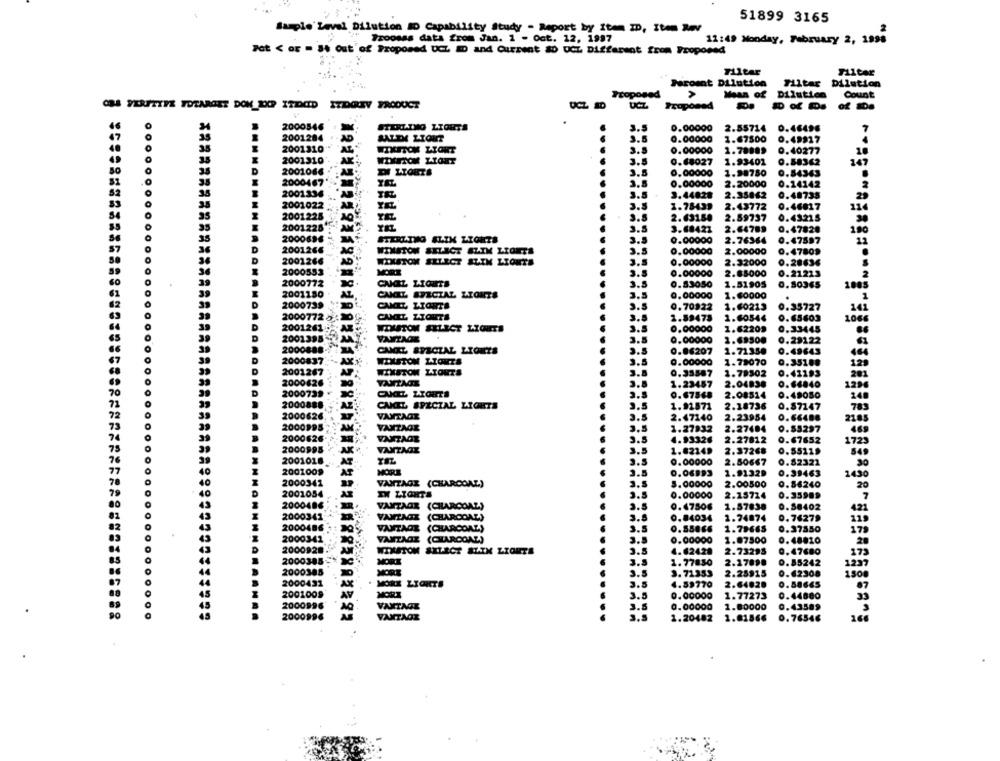
51899 3165
Sample' Level Dilution ID Capability Study - Report by Item ID, Item Rev
Troosss data from Jan. 1 - Oct. 12, 1997
11:49 Monday, February 2, 1998
Pot < or = #4 out'of Proposed UCL ED and Current #0 DCL Different from Proposed
Tiltar
Peroent Dilution
Tiltar Dilution
Proposed
Mean of Dilution
Count
OMA YERITYPE TOTARGET DON DOP ITIOCID ITDGREY PRODUCT
UCZ
2000546
3.5
0.00000
2.55714
0.46496
2001284
3.5
0.00000
SALEM LIONT
1.67800
0.49927
2001310
WIKITOK LIONT
3.8
0.00000
1.78889
0.40277
000
2001310'
3.5
0.68027
1.93401
0.58362
347
50
D
2001066
3.5
0,00000
1.98750
0.54343
2000467'
3.5
0.00000
2.20000
0.14142
2001336
3.5
3.44828
2.35042
0.48735
2001022
3.5
1.78439
2.43772
0.46017
2001225
2.63159
2.59737
0.43215
3.5
3.68427
2.64789
0.47820
100
2000696
3.5
0.00000
2.76364
0.47597
D
2001266
AC
MSTOM SELECT SLIM LIGHTS
3.5
0.00000
2.00000
0.47809
D
2001266
WINSTON SELECT SLIK LYONTS
3.5
0.00000
2.32000
0.20634
MORE
3.8
0.00000
2.85000
0.21223
CAMEL LIGHTS
3.5
0.83050
1.51905
0.80365
100
CANIL SPECIAL LIGHTS
3.5
0,00000
1.60000
D
2000735
CANIZ, LIGHTS
3.5
0.70922
1.60213
0.35727
2000772 0
CAMIL ZIOUTA
3.5
2.59475
1.60544
0.65603
1066
D
WINSTON SELECT LIGHTS
3.5
0.00000
1.62209
0.33445
20012
20013957
D
VANTAGE
3.5
0.00000
2.69500
0.29122
2000888-
CAMIL SPECIAL LIGHTS
3.5
0.06207
1.71350
0.49643
200
D
2000837
WIXSTOM LIGHTS
3.5
0.00000
1.78070
0.35108
D
20012
WINSTON LIOUTS
0.35587
1.79502
0.41193
2000626
VANTAGE
3.8
1.23457
2.04838
0.66840
70
D
2000739
0.67568
2.08514
0.49050
71
200088
CANEL SPECIAL LIGHTS
3.5
1.92571
2.18736
0.87147
72
200062
VANTAGE
3.5
2.47140
2.23954
0.66488
73
VANZAGE
3.5
9.55297
218
2000995
1.27932
2.27484
74
2000626
VANTAGE
3.5
4.93326
2.27812
0.67652
1725
75
2000995
AKP
VANTAGE
3.5
1.02149
2.37268
0.55119
76
2001018
AT ..
3.5
0.00000
2.50667
0.82321
77
2001009
MORE
0.06993
1.91329
0.39463
1490
78
2000341
VANTAGE (CHARCOAL)
3.5
5.00000
2.00500
0.56240
20
79
2001054
IN LIGHTS
3.5
0.00000
2.15724
0.35989
2000486
VANTAGE (CHARCOAL)
3.5
0.47506
1.57838
0.50402
2000341
VANTAGE
(CHARCOAL)
0.84034
1.74874
0.76279
(CHARCOAL)
2000486
0.55066
1.79665
0.37550
2000341"
VANTAGE (CHARCOAL)
0.00000
1.87500
0.48010
2000920
WINSTON SELECT SLIK LIGHTS
4.62428
2.73293
0.47680
MORE
1.77850
2.27090
0.85242
MORT
2000385
3.5
3.71353
2.25915
0.62308
150
2000431
AX
AY
. MORE
3.5
4.59770
2.64828
0.88665
2001009*
3.5
0.00000
1.77273
0.44680
2000996
VANTAGE
3.5
0.00000
1.80000
0.43589
2000996
VANTAGE
1.20482
2.01866
0.76546